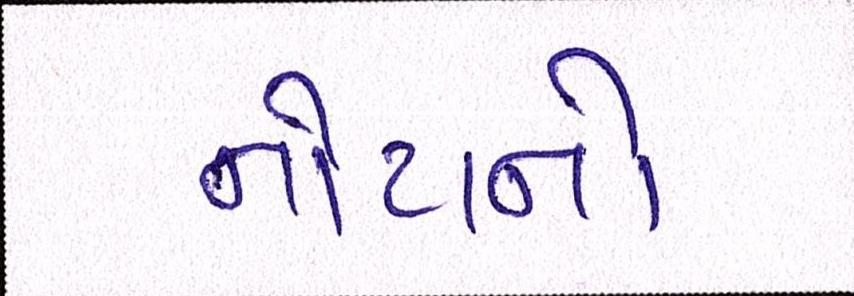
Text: નોટાનો